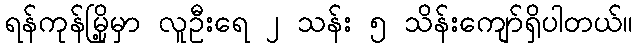
ရန်ကုန်မြို့မှာ လူဦးရေ ၂ သန်း ၅ သိန်းကျော်ရှိပါတယ်။